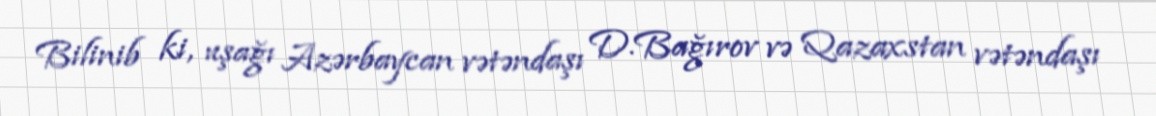
Bilinib ki, uşağı Azərbaycan vətəndaşı D.Bağırov və Qazaxstan vətəndaşı